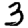
Digit: 3